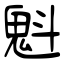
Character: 魁